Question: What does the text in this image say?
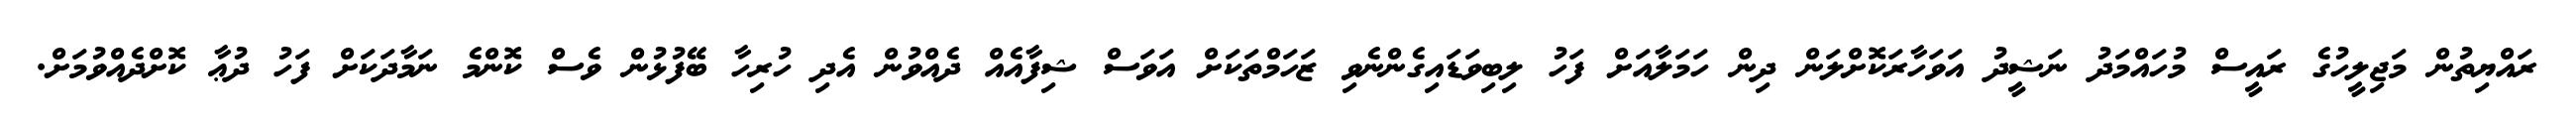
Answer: ރައްޔިތުން މަޖިލީހުގެ ރައީސް މުހައްމަދު ނަޝީދު އަވަހާރަކޮށްލަން ދިން ހަމަލާއަށް ފަހު ލިބިވަޑައިގެންނެވި ޒަހަމްތަކަށް އަވަސް ޝިފާއެއް ދެއްވުން އެދި ހުރިހާ ބޭފުޅުން ވެސް ކޮންމެ ނަމާދަކަށް ފަހު ދުޢާ ކޮށްދެއްވުމަށް.